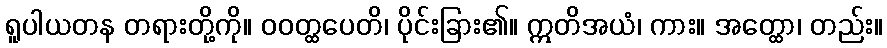
ရူပါယတန တရားတို့ကို။ ဝဝတ္ထပေတိ၊ ပိုင်းခြား၏။ ဣတိအယံ၊ ကား။ အတ္ထော၊ တည်း။